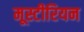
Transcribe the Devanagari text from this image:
मूस्टीरियन